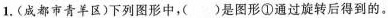
1.(成都市青羊区)下列图形中，( )是图形①通过旋转后得到的。